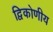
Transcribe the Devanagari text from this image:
द्विकोणीय